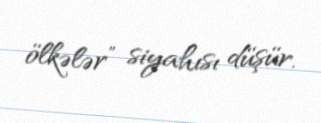
ölkələr” siyahısı düşür.